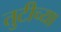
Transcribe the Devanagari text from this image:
तुटीच्या